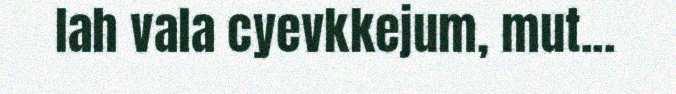
lah vala cyevkkejum, mut...